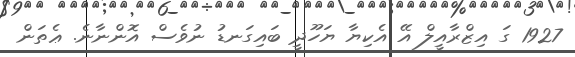
1927 ގަ އިޒްރާއީލް އޭ އެކިޔާ ޔަހޫދީ ބައިގަނޑު ނުވެސް އޮންނާނެ. ޢެތަން